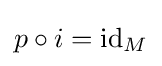
p\circ i=\mathrm {id} _{M}